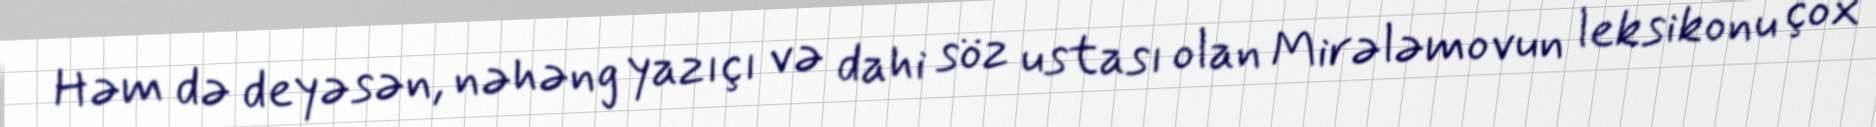
Həm də deyəsən, nəhəng yazıçı və dahi söz ustası olan Mirələmovun leksikonu çox